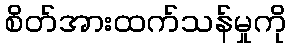
စိတ်အားထက်သန်မှုကို